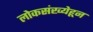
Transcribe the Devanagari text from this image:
लोकसंख्येहून